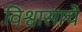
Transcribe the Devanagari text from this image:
विश्वासाचे